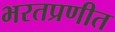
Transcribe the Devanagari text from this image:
भरतप्रणीत